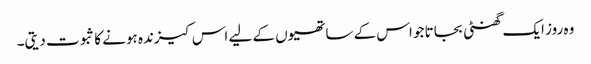
وہ روز ایک گھنٹی بجاتا جو اس کے ساتھیوں کے لیے اس کیزندہ ہونے کا ثبوت دیتی۔